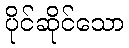
ပိုင်ဆိုင်သော